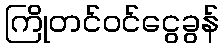
ကြိုတင်ဝင်ငွေခွန်